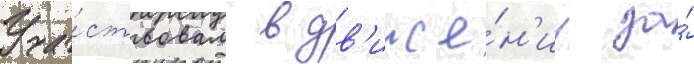
Уча́ствовал в дв'иже́н'ии за́